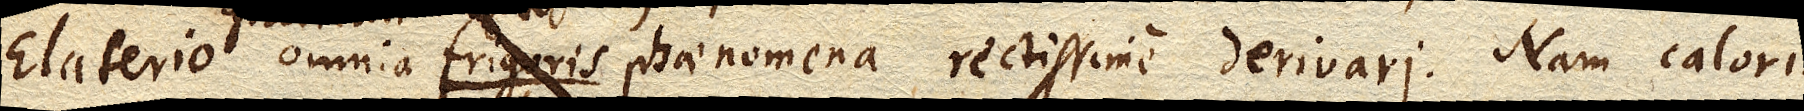
Elaterio gravitati mixto omnia frigoris phaenomena rectissime derivari. Nam caloris